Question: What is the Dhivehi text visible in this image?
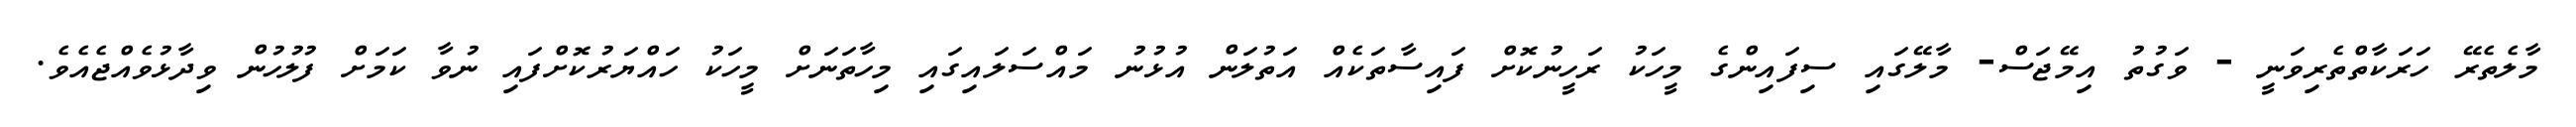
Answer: މާލެތެރޭ ހަރަކާތްތެރިވަނީ - ވަގުތު އިމޭޖަސް- މާލޭގައި ސިފައިންގެ މީހަކު ރަހީނުކޮށް ފައިސާތަކެއް އަތުލަން އުޅުނު މައްސަލައިގައި މިހާތަނަށް މީހަކު ހައްޔަރުކޮށްފައި ނުވާ ކަމަށް ފުލުހުން ވިދާޅުވެއްޖެއެވެ.